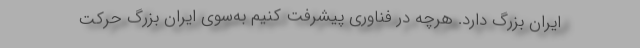
ایران بزرگ دارد. هرچه در فناوری پیشرفت کنیم به‌سوی ایران بزرگ حرکت